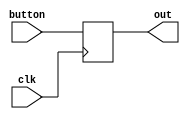
`timescale 1ns / 1ps
//////////////////////////////////////////////////////////////////////////////////
// Company: 
// Engineer: 
// 
// Design Name: 
// Module Name:    Debouncer 
// Project Name: 
// Target Devices: 
// Tool versions: 
// Description: 
//
// Dependencies: 
//
// Revision: 
// Revision 0.01 - File Created
// Additional Comments: 
//
//////////////////////////////////////////////////////////////////////////////////
module Beh_DF (
	input clk,
	input button,
	output reg out
	);
	
	always @(posedge clk )
	begin
	out = button ;
	end
endmodule

module Debouncer(
    input clk,
    input button,
    output out
    );
	wire [18:0] w;
	
	Beh_DF df(clk,button,w[0]);
	generate
		  genvar i;
		  for (i=1; i < 19; i=i+1) begin: d
				Beh_DF df(clk,w[i-1],w[i]);
		  end		  
	endgenerate
	
	assign out = &w ;

endmodule